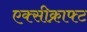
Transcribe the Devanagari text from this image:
एक्सीक्राफ्ट